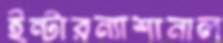
ইন্টারন্যাশানাল